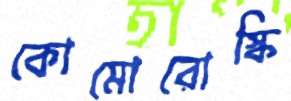
কোমোরোস্কি